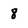
Character: 8